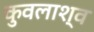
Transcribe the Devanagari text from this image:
कुवलाश्व